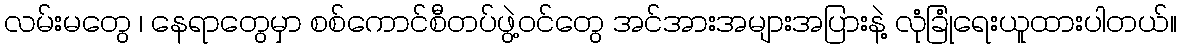
လမ်းမတွေ ၊ နေရာတွေမှာ စစ်ကောင်စီတပ်ဖွဲ့ဝင်တွေ အင်အားအများအပြားနဲ့ လုံခြုံရေးယူထားပါတယ်။